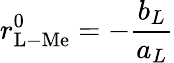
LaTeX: r_{\mathrm{L-Me}}^{0}=-\frac{b_{L}}{a_{L}}